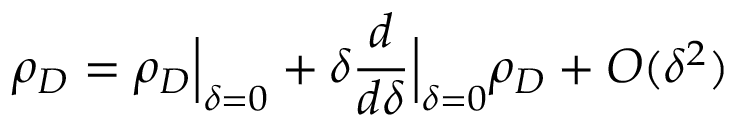
\rho _ { D } = \rho _ { D } \Big \vert _ { \delta = 0 } + \delta \frac { d } { d \delta } \Big \vert _ { \delta = 0 } \rho _ { D } + O ( \delta ^ { 2 } )